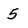
Character: 5